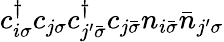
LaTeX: c_{i\sigma}^{\dagger}c_{j\sigma}c_{j^{\prime}\bar{\sigma}}^{\dagger}c_{j\bar{\sigma}}n_{i\bar{\sigma}}\bar{n}_{j^{\prime}\sigma}